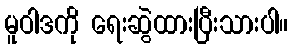
မူဝါဒကို ရေးဆွဲထားပြီးသားပါ။